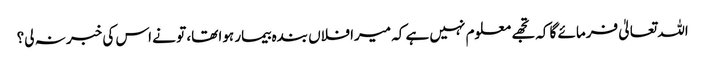
اللہ تعالیٰ فرمائے گا کہ تجھے معلوم نہیں ہے کہ میرا فلاں بندہ بیمار ہوا تھا، تو نے اس کی خبر نہ لی؟